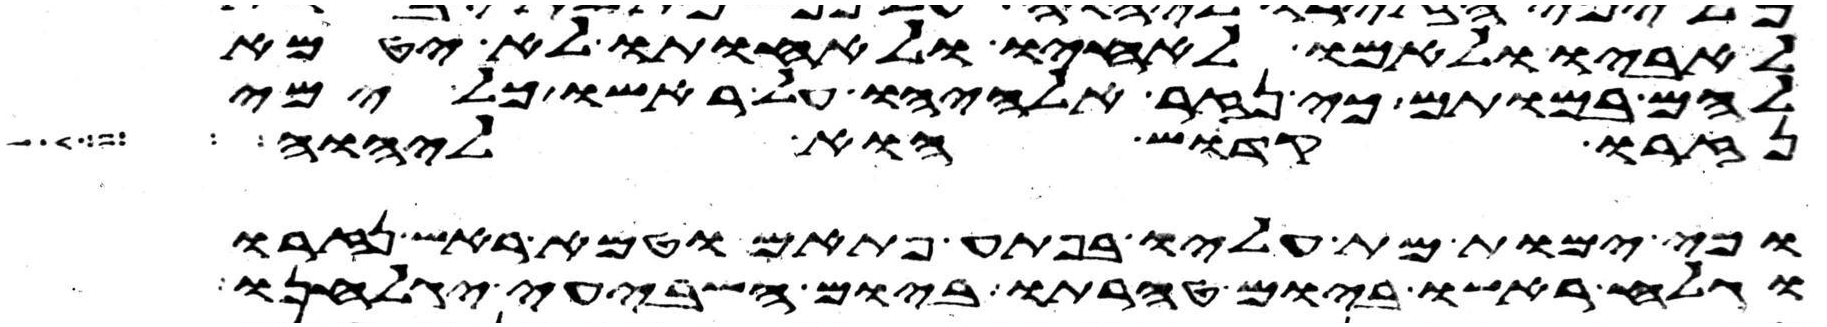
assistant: לאביו ולאמו לאחיו ולאחותו לא יטמא
להם במותם כי נזר אלהיו על ראשו כל ימי
נזרו קדוש הוא ליהוה
וכי ימות מת עליו בפתע פתאם וטמא ראש נזרו
וגלח ראשו ביום טהרתו ביום השביעי יגלחנו